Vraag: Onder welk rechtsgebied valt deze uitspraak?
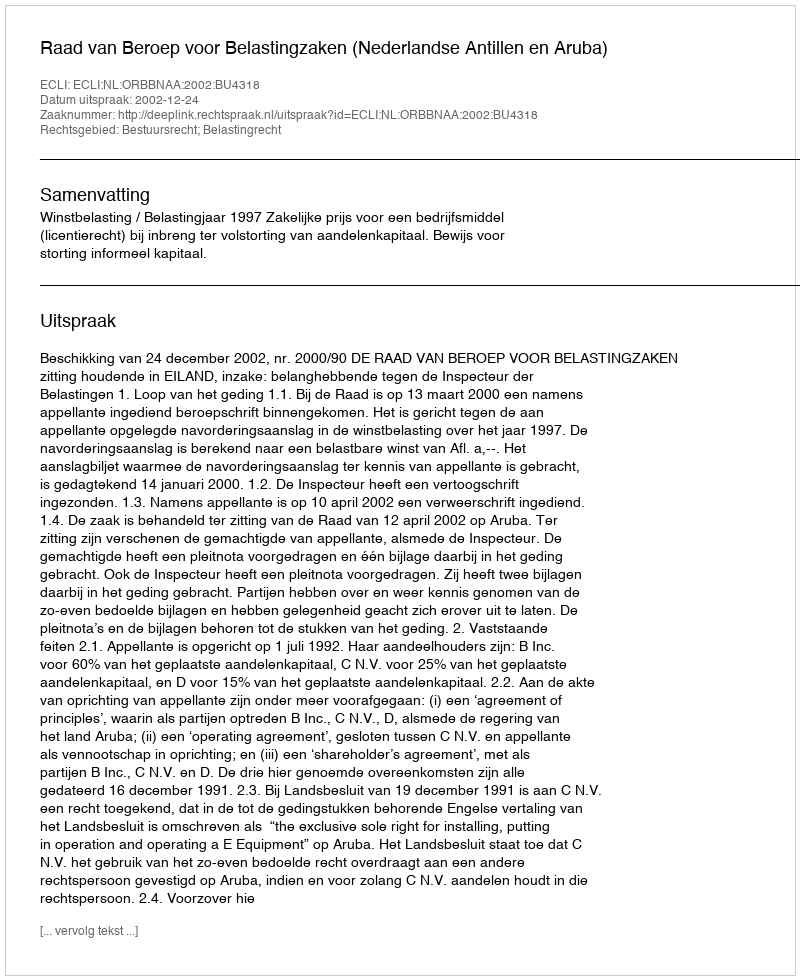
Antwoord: Bestuursrecht; Belastingrecht